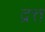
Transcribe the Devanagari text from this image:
द्रत्त